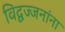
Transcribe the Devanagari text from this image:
विद्वज्जनांना